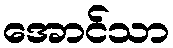
အောင်သာ